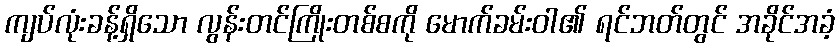
ကျပ်လုံးခန့်ရှိသော လွန်းတင်ကြိုးတစ်စကို မောက်ခမ်းဝါ၏ ရင်ဘတ်တွင် အခိုင်အခံ့